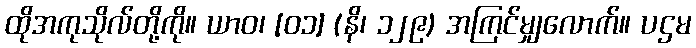
ထိုအကုသိုလ်တို့ကို။ ယာဝ၊ [၀၁] (နိ၊ ၁၂၉) အကြင်မျှလောက်။ ပဌမ